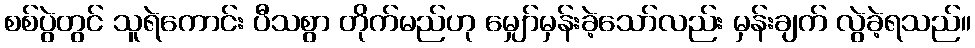
စစ်ပွဲတွင် သူရဲကောင်း ပီသစွာ တိုက်မည်ဟု မျှော်မှန်းခဲ့သော်လည်း မှန်းချက် လွဲခဲ့ရသည်။